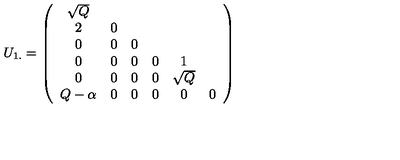
U _ { 1 . } = \left( \begin{array} { c c c c c c c } { \sqrt { Q } } \\ { 2 } & { 0 } \\ { 0 } & { 0 } & { 0 } \\ { 0 } & { 0 } & { 0 } & { 0 } & { 1 } \\ { 0 } & { 0 } & { 0 } & { 0 } & { \sqrt { Q } } \\ { Q - \alpha } & { 0 } & { 0 } & { 0 } & { 0 } & { 0 } \\ \end{array} \right)